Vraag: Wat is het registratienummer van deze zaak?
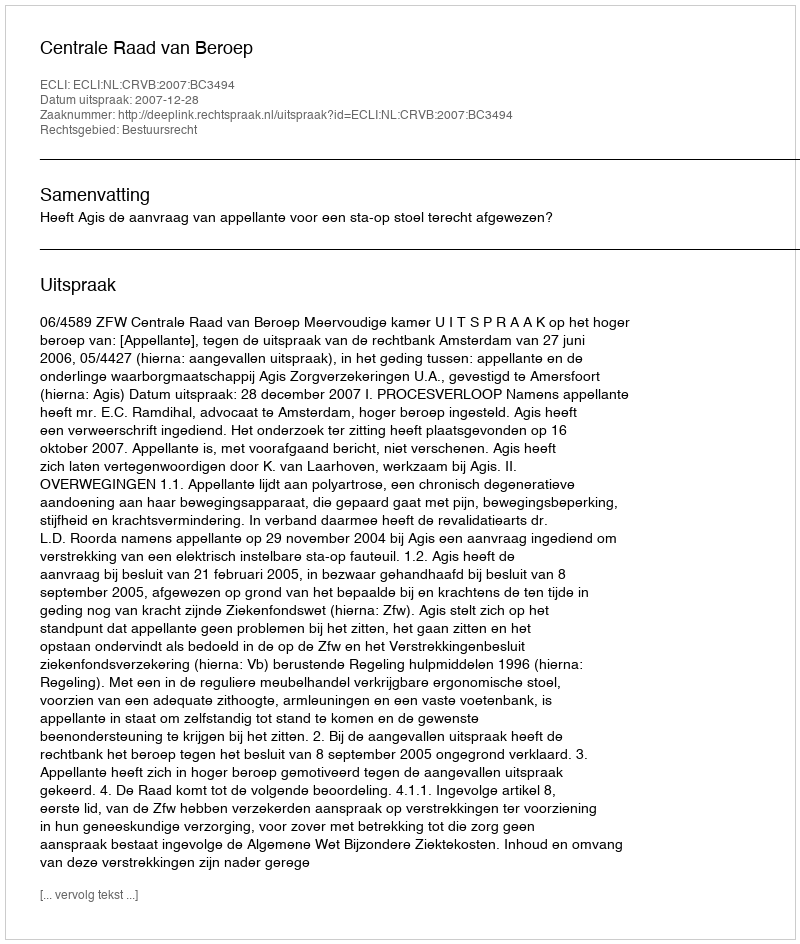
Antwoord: http://deeplink.rechtspraak.nl/uitspraak?id=ECLI:NL:CRVB:2007:BC3494